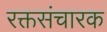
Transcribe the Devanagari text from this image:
रक्तसंचारक